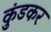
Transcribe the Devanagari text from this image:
कुंडकर